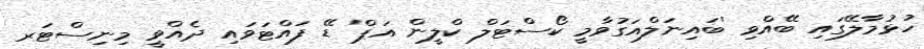
ހުޅުމާލޭގައި ބޭއްވި 'ބައިނަލްއަގުވާމީ ކޯސްޓަލް ކްލީން އަޕް' ޑޭ ފައްޓަވައި ދެއްވީ މިނިސްޓަރ